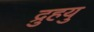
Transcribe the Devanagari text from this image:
द्रुुहयु